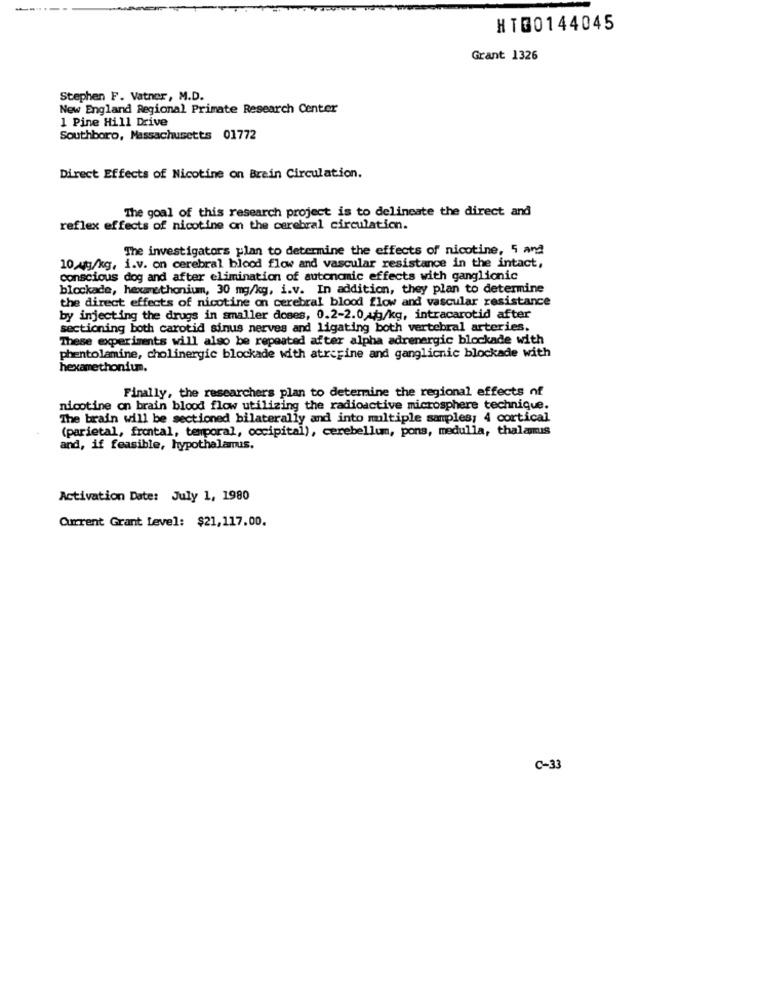
HT00144045
Grant 1326
Stephen F. Vatner, M.D.
New England Regional Primate Research Center
1 Pine Hill Drive
Southboro, Massachusetts 01772
Direct Effects of Nicotine on Brain Circulation.
The goal of this research project is to delineate the direct and
reflex effects of nicotine on the cerebral circulation.
The investigators plan to determine the effects of nicotine, 5 and
10 Mg/kg, i.v. on cerebral blood flow and vascular resistance in the intact,
conscious dog and after elimination of autonomic effects with ganglionic
blockade, hexanethonium, 30 mg/kg, i.v. In addition, they plan to determine
the direct effects of nicotine on cerebral blood flow and vascular resistance
by injecting the drugs in smaller doses, 0.2-2.0 g/kg, intracarotid after
sectioning both carotid sinus nerves and ligating both vertebral arteries.
These experiments will also be repeated after alpha adrenergic blockade with
phentolamine, cholinergic blockade with atreFine and ganglicnic blockade with
hexamethonium.
Finally, the researchers plan to determine the regional effects of
nicotine on brain blood flow utilizing the radioactive microsphere technique.
The brain will be sectioned bilaterally and into multiple samples; 4 cortical
(parietal, frontal, temporal, occipital), cerebellum, pons, medulla, thalamus
and, if feasible, hypothalamus.
Activation Date: July 1, 1980
Current Grant Level: $21,117.00.
C-33